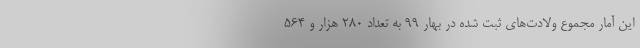
این آمار مجموع ولادت‌های ثبت شده در بهار ۹۹ به تعداد ۲۸۰ هزار و ۵۶۴